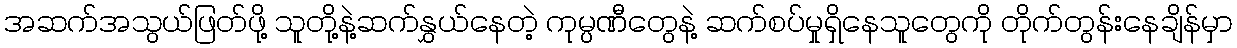
အဆက်အသွယ်ဖြတ်ဖို့ သူတို့နဲ့ဆက်နွှယ်နေတဲ့ ကုမ္ပဏီတွေနဲ့ ဆက်စပ်မှုရှိနေသူတွေကို တိုက်တွန်းနေချိန်မှာ